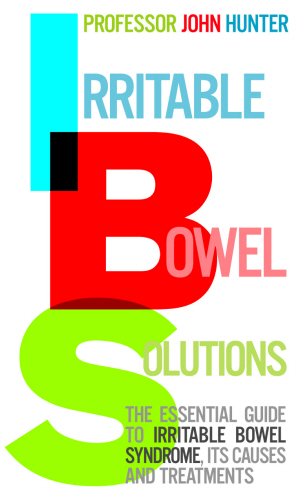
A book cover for Irritable Bowel Solutions: The Essential Guide to Irritable Bowel Syndrome, Its Causes and Treatments; Professor John Hunter; Health, Fitness & Dieting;